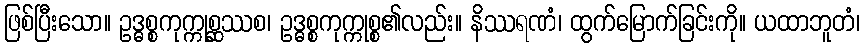
ဖြစ်ပြီးသော။ ဥဒ္ဓစ္စကုက္ကုစ္ဆဿစ၊ ဥဒ္ဓစ္စကုက္ကုစ္စ၏လည်း။ နိဿရဏံ၊ ထွက်မြောက်ခြင်းကို။ ယထာဘူတံ၊